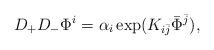
LaTeX: \begin{align*}D_+D_-\Phi^i = \alpha_i\exp(K_{i\bar j}\bar\Phi^{\bar j}),\end{align*}